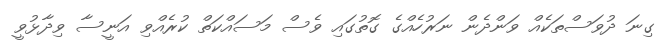
ގިނަ ދުވަސްތަކެއް ވަންދެން ނަރުހެއްގެ ގޮތުގައި ވެސް މަސައްކަތް ކުރެއްވި އަނީސާ ވިދާޅުވީ